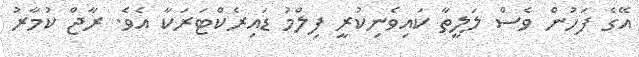
އޭގެ ފަހުން ވެސް ލަލީތާ ކައިވެނިކުރީ ފިލްމު ޑައިރެކްޓަރަކާ އެވެ. ރާޖް ކުމާރު